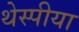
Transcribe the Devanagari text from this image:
थेस्पीया